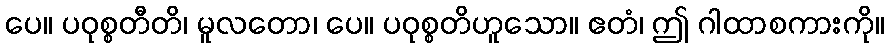
ပေ။ ပဝုစ္စတီတိ၊ မူလတော၊ ပေ။ ပဝုစ္စတိဟူသော။ ဧတံ၊ ဤ ဂါထာစကားကို။